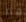
هنا